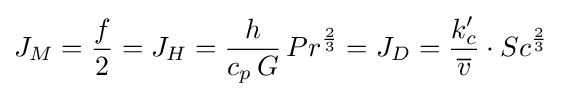
J_{M}={\frac {f}{2}}=J_{H}={\frac {h}{c_{p}\,G}}\,{Pr}^{\frac {2}{3}}=J_{D}={\frac {k'_{c}}{\overline {v}}}\cdot {Sc}^{\frac {2}{3}}